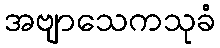
အဗျာသေကသုခံ